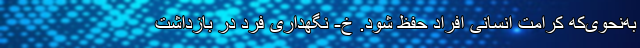
به‌نحوی‌که کرامت انسانی افراد حفظ شود. خ- نگهداری فرد در بازداشت